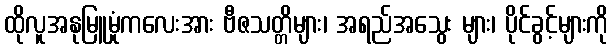
ထိုလူအနုမြူမှုံကလေးအား ဗီဇသတ္တိများ၊ အရည်အသွေး များ၊ ပိုင်ခွင့်များကို